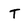
Character: T